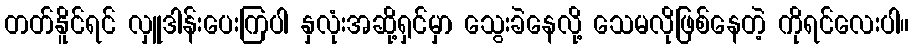
တတ်နိူင်ရင် လှူဒါန်းပေးကြပါ နှလုံးအဆို့ရှင်မှာ သွေးခဲနေလို့ သေမလိုဖြစ်နေတဲ့ ကိုရင်လေးပါ။